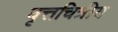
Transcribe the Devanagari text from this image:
वृत्तचित्रीय